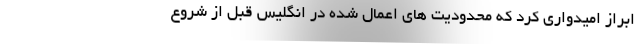
ابراز امیدواری کرد که محدودیت های اعمال شده در انگلیس قبل از شروع